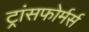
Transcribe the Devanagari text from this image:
ट्रांसफोर्मर्स